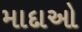
માદાઓ